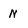
Character: N